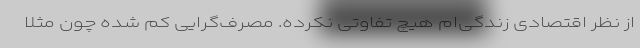
از نظر اقتصادی زندگی‌ام هیچ تفاوتی نکرده. مصرف‌گرایی کم شده چون مثلاً